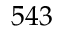
5 4 3